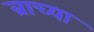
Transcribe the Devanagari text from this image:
ब्राच्या